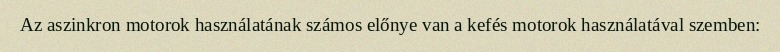
Az aszinkron motorok használatának számos előnye van a kefés motorok használatával szemben: